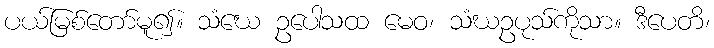
ပယ်မြစ်တော်မူ၍။ သံဃေ ဥပေါသထ မေဝ၊ သံဃဥပုသ်ကိုသာ။ ဒီပေတိ၊